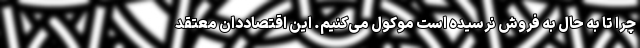
چرا تا به حال به فروش نرسیده است موکول می‌کنیم. این اقتصاددان معتقد